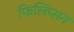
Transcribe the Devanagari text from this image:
फिलिप्सन